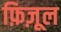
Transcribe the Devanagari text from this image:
फ़िज़ूल